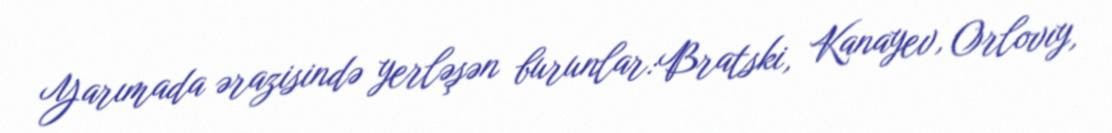
Yarımada ərazisində yerləşən burunlar:Bratski, Kanayev, Orlovıy,